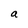
Character: a